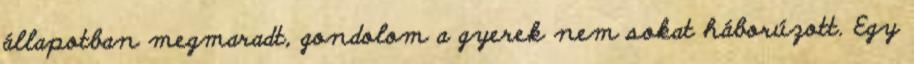
állapotban megmaradt, gondolom a gyerek nem sokat háborúzott. Egy